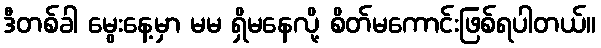
ဒီတစ်ခါ မွေးနေ့မှာ မမ ရှိမနေလို့ စိတ်မကောင်းဖြစ်ရပါတယ်။